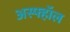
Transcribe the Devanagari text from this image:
अस्फ्हॉल